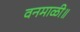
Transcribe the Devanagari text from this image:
वनमाळी॥